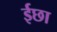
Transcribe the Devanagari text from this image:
ईछा